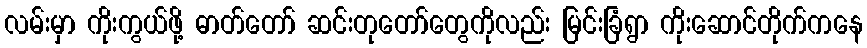
လမ်းမှာ ကိုးကွယ်ဖို့ ဓာတ်တော် ဆင်းတုတော်တွေကိုလည်း မြင်းခြံရွာ ကိုးဆောင်တိုက်ကနေ